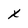
Character: x